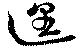
遑